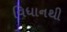
વિધાનથી